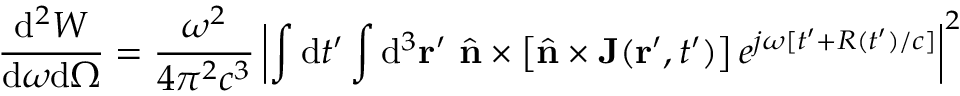
\frac { \mathrm { d } ^ { 2 } W } { \mathrm { d } \omega \mathrm { d } \Omega } = \frac { \omega ^ { 2 } } { 4 \pi ^ { 2 } c ^ { 3 } } \left| \int \mathrm { d } t ^ { \prime } \int \mathrm { d } ^ { 3 } { \bf r } ^ { \prime } \ { \hat { \mathbf { n } } } \times \left[ { \hat { \mathbf { n } } } \times \mathbf { J } ( { \bf r } ^ { \prime } , t ^ { \prime } ) \right] e ^ { j \omega [ t ^ { \prime } + R ( t ^ { \prime } ) / c ] } \right| ^ { 2 }